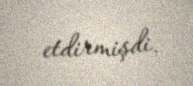
etdirmişdi.